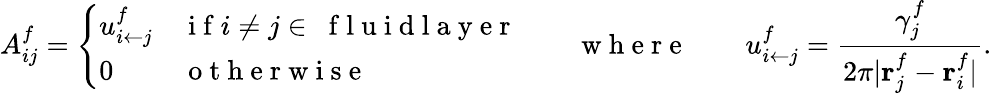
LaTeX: A_{ij}^{f}=\left\{ \begin{array}{ll}{u_{{i}\leftarrow{j}}^{f}}&{\mathrm{~i~f~}i\neq j\in~\mathrm{~f~l~u~i~d~l~a~y~e~r~}}\\ {0}&{\mathrm{~o~t~h~e~r~w~i~s~e~}}\end{array}\right.\quad\quad\mathrm{~w~h~e~r~e~}\quad\quad u_{i\leftarrow j}^{f}=\frac{\gamma_{j}^{f}}{2\pi\vert\mathbf{r}_{j}^{f}-\mathbf{r}_{i}^{f}\vert}.